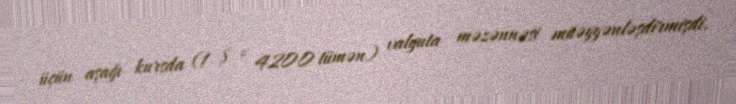
üçün aşağı kursda (1 $ = 4200 tümən) valyuta məzənnəsi müəyyənləşdirmişdi.